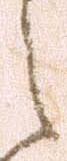
之